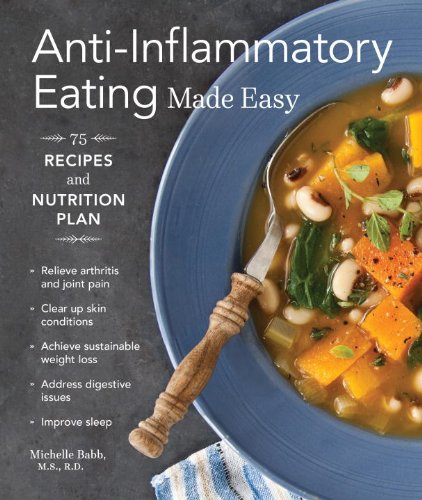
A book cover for Anti-Inflammatory Eating Made Easy: 75 Recipes and Nutrition Plan; Michelle Babb; Health, Fitness & Dieting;